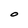
Character: O